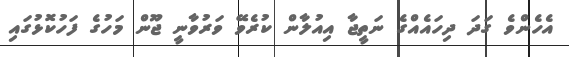
އެހެންވެ ގަދަ ދިހައެއްގެ ނަތީޖާ އިއުލާން ކުރެވޭ ވަރުވާނީ ޖޫން މަހުގެ ފަހުކޮޅުގައި